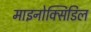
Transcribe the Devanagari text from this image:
माइनोक्सिडिल